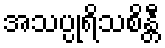
အသပ္ပုရိသစိန္တီ